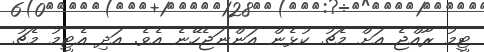
ޓީމު ރާއްޖެ އަށް މެޗު ކުޅެން އަންނަޖެހޭނެ އެވެ. އަދި އެޓީމު މެޗު